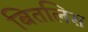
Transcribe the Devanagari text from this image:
बितलिस